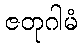
ဇတုဂါမံ